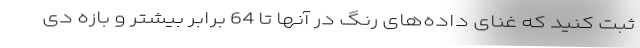
ثبت کنید که غنای داده‌های رنگ در آنها تا 64 برابر بیشتر و بازه دی